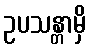
ဥပသန္တာမှိ